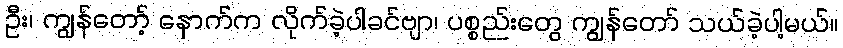
ဦး၊ ကျွန်တော့် နောက်က လိုက်ခဲ့ပါခင်ဗျာ၊ ပစ္စည်းတွေ ကျွန်တော် သယ်ခဲ့ပါ့မယ်။